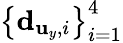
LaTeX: \left\{ {\mathbf d}_{{\mathbf u}_{y},i}\right\} _{i=1}^{4}